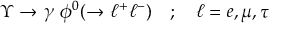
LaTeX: \Upsilon \ { \rightarrow } \ \gamma \ \phi ^ { 0 } ( { \rightarrow } \ \ell ^ { + } \ell ^ { - } ) \ \ \ ; \ \ \ \ell = e , \mu , \tau